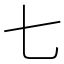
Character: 七